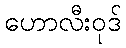
ဟောလီးဝုဒ်